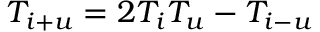
T _ { i + u } = 2 T _ { i } T _ { u } - T _ { i - u }